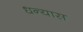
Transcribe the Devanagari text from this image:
धन्यास